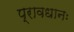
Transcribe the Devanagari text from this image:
प्रावधानः